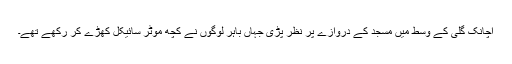
اچانک گلی کے وسط میں مسجد کے دروازے پر نظر پڑی جہاں باہر لوگوں نے کچھ موٹر سائیکل کھڑے کر رکھے تھے۔